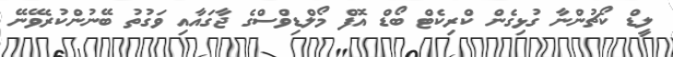
ލީޑް ކޯޗުންނާ ގުޅިގެން ކްރިކެޓް ބޯޑް އޮފް މޯލްޑިވްސްގެ ޖާގައާއި ވަގުތު ބޭނުންކުރެވޭނޭ